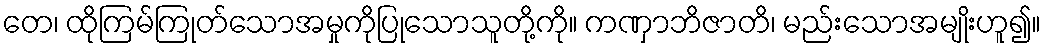
တေ၊ ထိုကြမ်ကြုတ်သောအမှုကိုပြုသောသူတို့ကို။ ကဏှာဘိဇာတိ၊ မည်းသောအမျိုးဟူ၍။